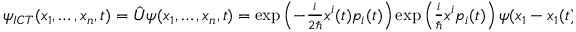
\begin{array} { r } { \psi _ { I C T } ( x _ { 1 } , \dots , x _ { n } , t ) = \hat { U } \psi ( x _ { 1 } , \dots , x _ { n } , t ) = \exp \left( - \frac { i } { 2 \hbar } x ^ { i } ( t ) p _ { i } ( t ) \right) \exp \left( \frac { i } { \hbar } x ^ { i } p _ { i } ( t ) \right) \psi ( x _ { 1 } - x _ { 1 } ( t ) , \dots , x _ { n } - x _ { n } ( t ) , t ) . } \end{array}